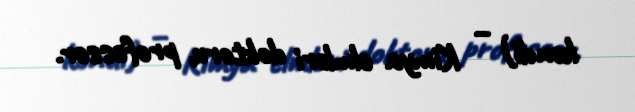
kəndi) – Kimya elmləri doktoru, professor.